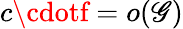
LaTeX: c\cdotf=o(\mathscr{G})